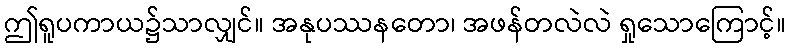
ဤရူပကာယ၌သာလျှင်။ အနုပဿနတော၊ အဖန်တလဲလဲ ရှုသောကြောင့်။